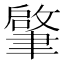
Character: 𦘦